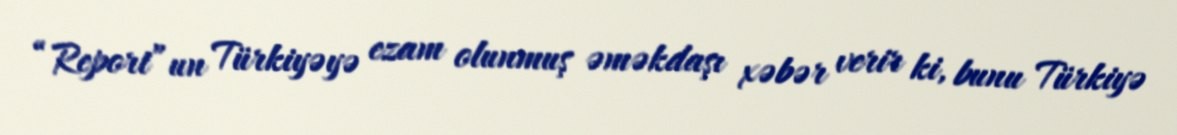
“Report”un Türkiyəyə ezam olunmuş əməkdaşı xəbər verir ki, bunu Türkiyə